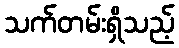
သက်တမ်းရှိသည့်